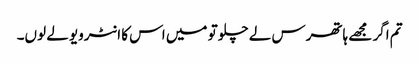
تم اگر مجھے ہاتھرس لے چلو تو میں اس کا انٹرویو لے لوں۔